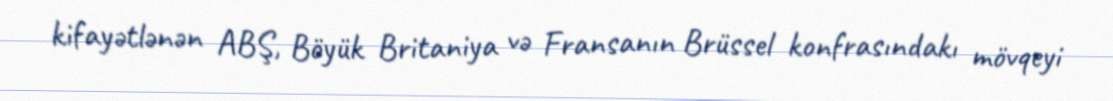
kifayətlənən ABŞ, Böyük Britaniya və Fransanın Brüssel konfrasındakı mövqeyi